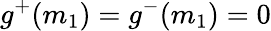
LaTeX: g^{+}(m_{1})=g^{-}(m_{1})=0